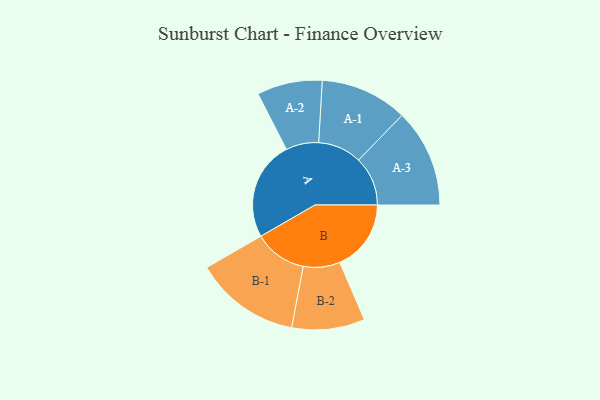
{"axis": {"x": "Segment", "y": "Value"}, "legend": ["", "A", "B"], "data": [{"x": "A", "y": 362, "type": ""}, {"x": "B", "y": 260, "type": ""}, {"x": "A-1", "y": 159, "type": "A"}, {"x": "A-2", "y": 119, "type": "A"}, {"x": "A-3", "y": 179, "type": "A"}, {"x": "B-1", "y": 192, "type": "B"}, {"x": "B-2", "y": 133, "type": "B"}]}